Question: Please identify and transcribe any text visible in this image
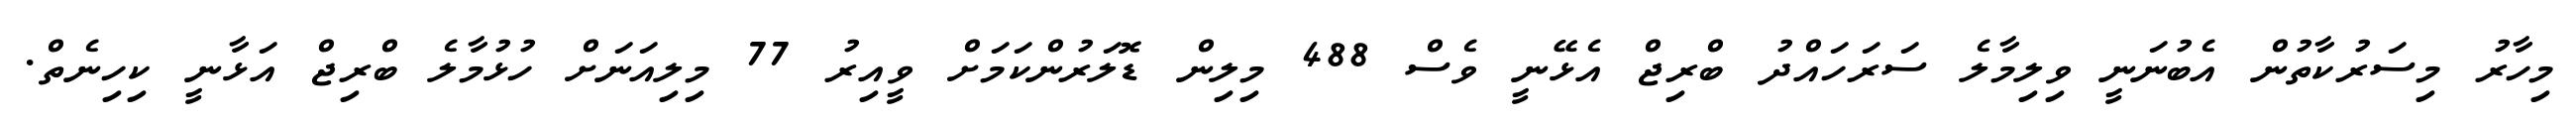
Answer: މިހާރު މިސަރުކާތުން އެބުނަނީ ވިލިމާލެ ސަރަހައްދު ބްރިޖް އެޅޭނީ ވެސް 488 މިލިން ޑޮލަރުންކަމަށް ވީއިރު 77 މިލިއަނަށް ހުޅުމާލެ ބްރިޖް އަޅާނީ ކިހިނެތް.